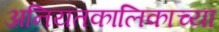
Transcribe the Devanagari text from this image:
अनियतकालिकाच्या